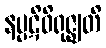
နပ္ပဋိဝိရုဇ္ဈတိ